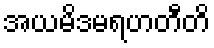
အယမိဒမရဟတီတိ